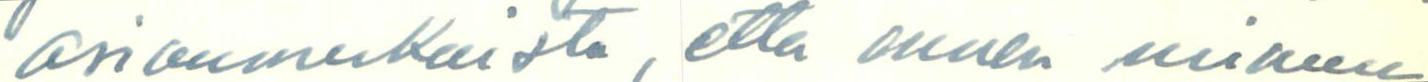
asianmukaista, että ennen minun